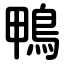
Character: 鴨